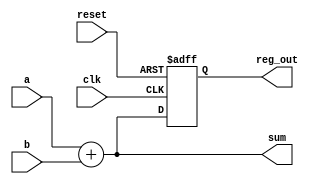
module example_module (
    input wire clk,       // Clock input
    input wire reset,     // Reset input
    input wire [3:0] a,   // 4-bit input
    input wire [3:0] b,   // 4-bit input
    output reg [3:0] sum, // 4-bit output for sum
    output reg [3:0] reg_out // 4-bit output for register
);

// Combinational logic using always @*
always @* begin
    // Calculate the sum of inputs a and b
    sum = a + b;
end

// Synchronous logic using always @(posedge clk)
always @(posedge clk or posedge reset) begin
    if (reset) begin
        // Reset the register output to 0
        reg_out <= 4'b0000;
    end else begin
        // Update the register output with the sum
        reg_out <= sum;
    end
end

endmodule